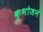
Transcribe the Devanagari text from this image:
कुभोजनं